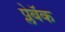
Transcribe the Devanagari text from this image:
प्लेबॅक